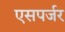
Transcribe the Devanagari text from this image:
एसपर्जर